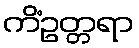
ကိံဥတ္တရာ